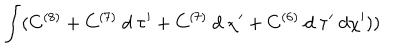
LaTeX: \int ( C ^ { ( 8 ) } + C ^ { ( 7 ) } ~ d ~ \tau ^ { \prime } + C ^ { ( 7 ) } ~ d ~ \chi ^ { \prime } + C ^ { ( 6 ) } ~ d ~ \tau ^ { \prime } ~ d \chi ^ { \prime } ) )